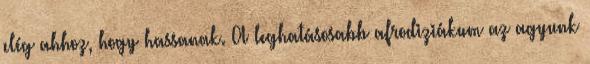
elég ahhoz, hogy hassanak. A leghatásosabb afrodiziákum az agyunk